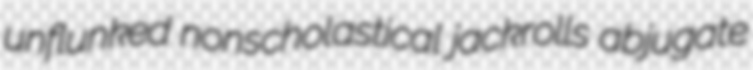
unflunked nonscholastical jackrolls abjugate